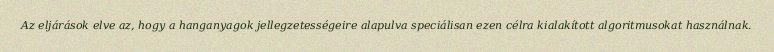
Az eljárások elve az, hogy a hanganyagok jellegzetességeire alapulva speciálisan ezen célra kialakított algoritmusokat használnak.